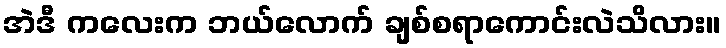
အဲဒီ ကလေးက ဘယ်လောက် ချစ်စရာကောင်းလဲသိလား။